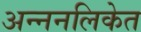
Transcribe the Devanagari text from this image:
अन्ननलिकेत